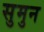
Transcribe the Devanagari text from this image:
सुमुन